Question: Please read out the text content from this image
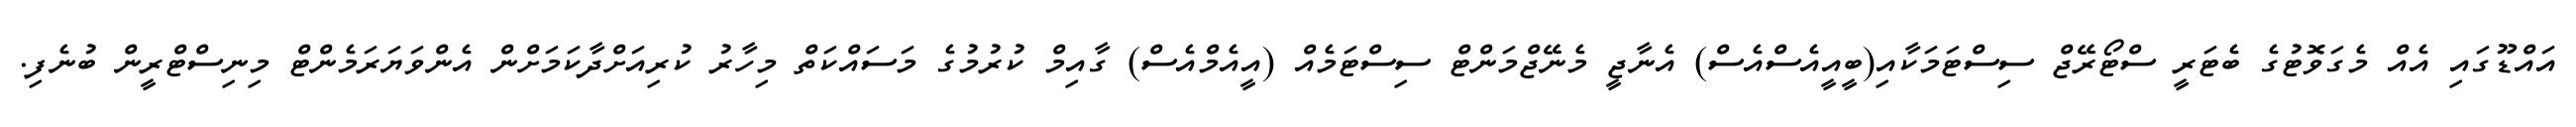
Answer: އައްޑޫގައި އެއް މެގަވޮޓުގެ ބެޓަރީ ސްޓޯރޭޖް ސިސްޓަމަކާއި(ބީއީއެސްއެސް) އެނާޖީ މެނޭޖްމަންޓް ސިސްޓަމެއް (އީއެމްއެސް) ގާއިމް ކުރުމުގެ މަސައްކަތް މިހާރު ކުރިއަށްދާކަމަށްން އެންވަޔަރަމެންޓް މިނިސްޓްރީން ބުނެފި.